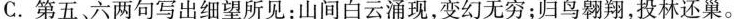
C.第五、六两句写出细望所见：山间白云涌现，变幻无穷；归鸟翱翔，投林还巢。